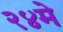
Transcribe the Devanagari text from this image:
२४मे